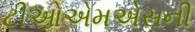
ટીઓએમએસની